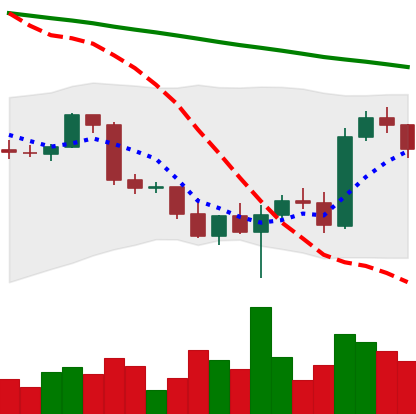
Ticker: BTC-USD
Chart end date: 2022-03-03
Forward return: -8.75%
Label: down_7plus